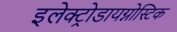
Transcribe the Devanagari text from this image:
इलेक्ट्रोडायग्नोस्टिक